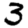
Digit: 3